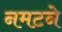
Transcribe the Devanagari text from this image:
नमटने